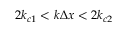
2 k _ { c 1 } < k \Delta x < 2 k _ { c 2 }